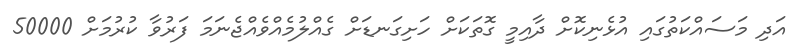
އަދި މަސައްކަތުގައި އުޅެނިކޮށް ދާއިމީ ގޮތަކަށް ހަށިގަނޑަށް ގެއްލުމެއްވެއްޖެނަމަ ފަރުވާ ކުރުމަށް 50000